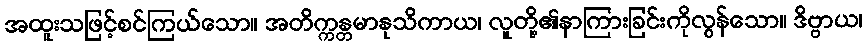
အထူးသဖြင့်စင်ကြယ်သော။ အတိက္ကန္တမာနုသိကာယ၊ လူတို့၏နာကြားခြင်းကိုလွန်သော။ ဒိဗ္ဗာယ၊